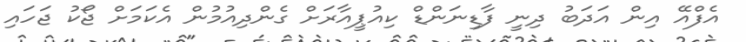
އެފްއޭ އިން އަދަބު ދިނީ ފާޑިނަންޑް ކިއުޕީއާރަށް ގެންދިއުމުން އެކަމަށް ޖޯކު ޖަހައި